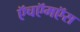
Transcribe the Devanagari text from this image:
ऍचऍमऍस